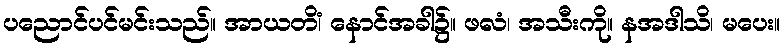
ပညောင်ပင်မင်းသည်။ အာယတိံ၊ နောင်အခါ၌။ ဖလံ၊ အသီးကို။ နအဒါသိ၊ မပေး။